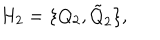
LaTeX: H _ { 2 } = \{ Q _ { 2 } , \tilde { Q } _ { 2 } \} ,